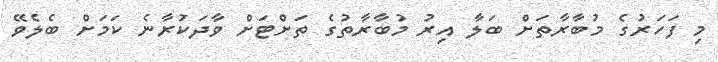
މި ފަހަރުގެ މުބާރާތަށް ބަލާ އިރު މުބާރާތުގެ ތަށްޓަށް ވާދަކުރާނެ ކަމަށް ބެލެވޭ